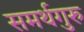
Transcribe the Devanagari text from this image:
समर्थगुरु